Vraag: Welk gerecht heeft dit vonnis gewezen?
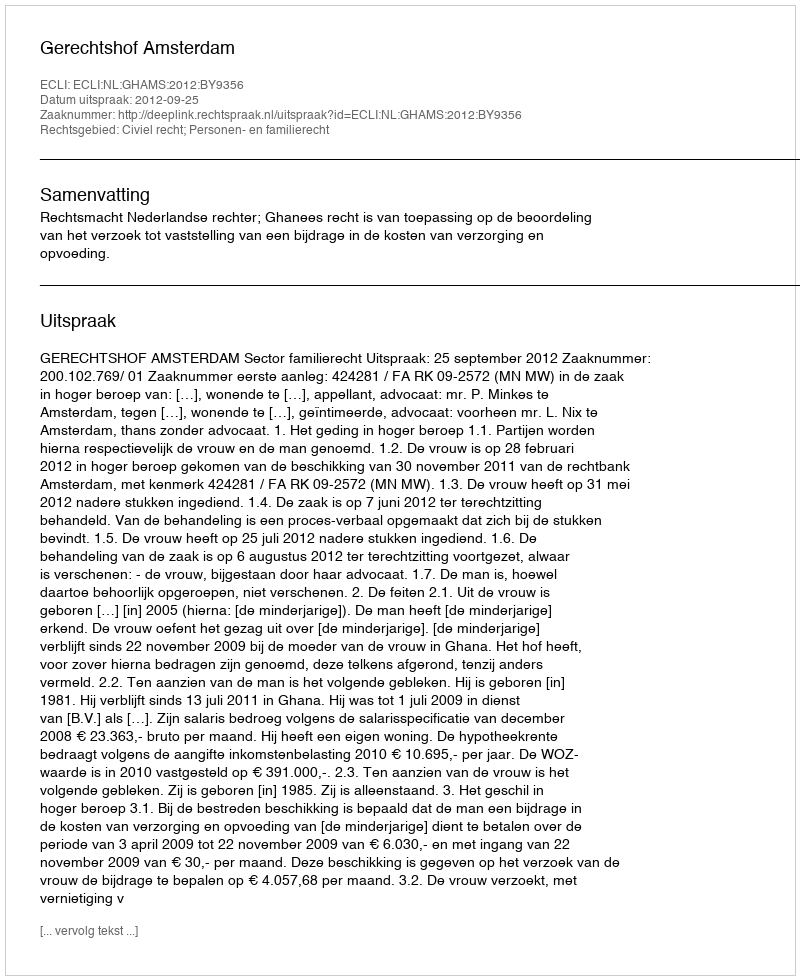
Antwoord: Gerechtshof Amsterdam